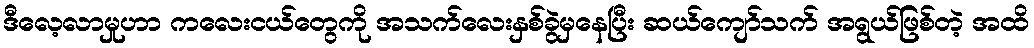
ဒီလေ့လာမှုဟာ ကလေးငယ်တွေကို အသက်လေးနှစ်ခွဲမှနေပြီး ဆယ်ကျော်သက် အရွယ်ဖြစ်တဲ့ အထိ